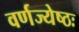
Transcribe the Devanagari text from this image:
वर्णज्येष्ठः